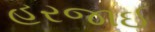
હરજાઈ